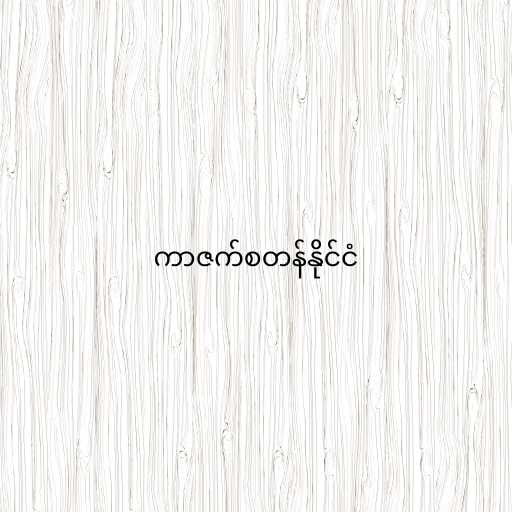
ကာဇက်စတန်နိုင်ငံ